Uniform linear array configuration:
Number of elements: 64
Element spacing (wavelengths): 0.75
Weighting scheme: binomial
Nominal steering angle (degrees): -30
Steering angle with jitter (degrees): -28.919
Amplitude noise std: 0.05
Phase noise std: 0.05

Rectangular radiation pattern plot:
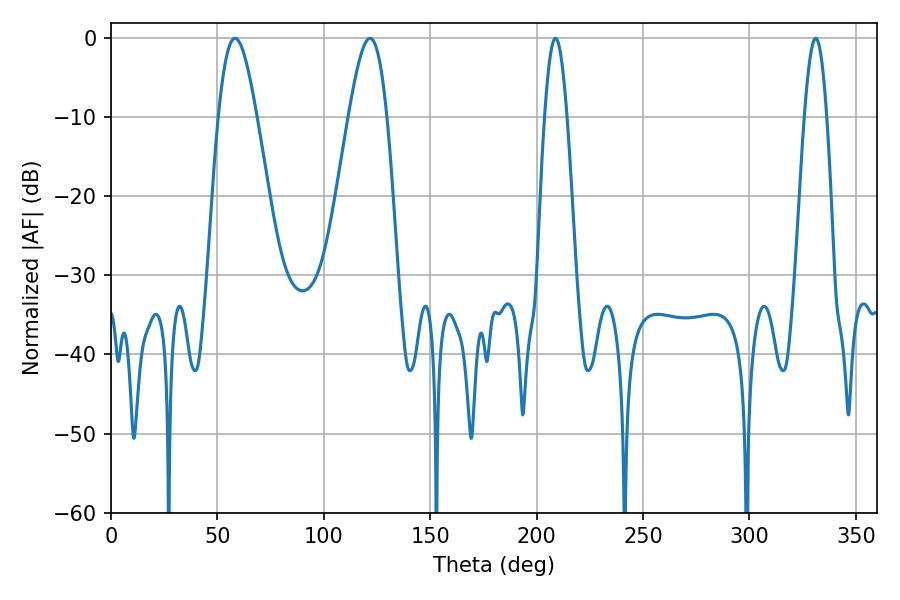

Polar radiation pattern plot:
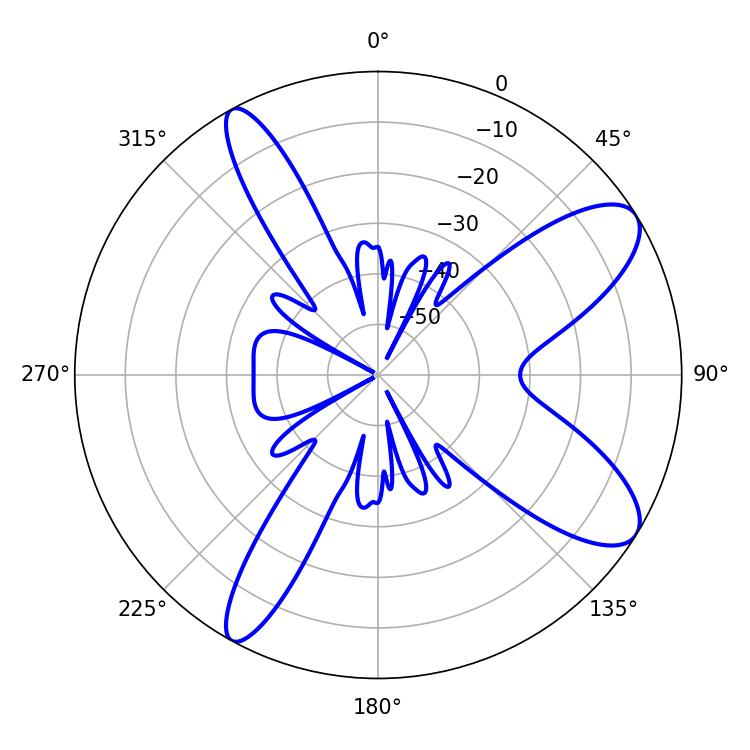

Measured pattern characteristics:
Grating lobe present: TRUE
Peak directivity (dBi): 9.754
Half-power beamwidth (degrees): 9.54
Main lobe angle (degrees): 58.32